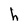
Character: h